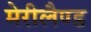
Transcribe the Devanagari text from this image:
मेरीलैण्ड